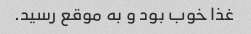
غذا خوب بود و به موقع رسید.